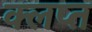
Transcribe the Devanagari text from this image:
क्लप्त